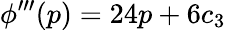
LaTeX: \phi^{\prime\prime\prime}(p)=24p+6c_{3}